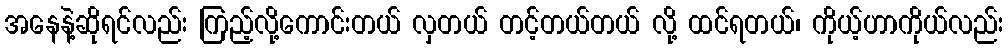
အနေနဲ့ဆိုရင်လည်း ကြည့်လို့ကောင်းတယ် လှတယ် တင့်တယ်တယ် လို့ ထင်ရတယ်၊ ကိုယ့်ဟာကိုယ်လည်း